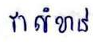
វាសំខាន់